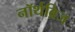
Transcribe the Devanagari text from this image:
नॉर्थब्रिज